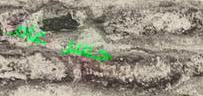
جسر عام